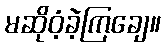
မဆိုဝံ့ခဲ့ကြချေ။